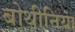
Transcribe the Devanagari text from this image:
बोथीनिया